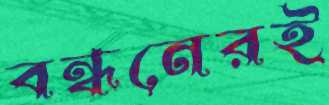
বন্ধনেরই